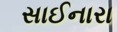
સાઈનારા